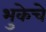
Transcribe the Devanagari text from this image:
भुकेचे